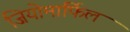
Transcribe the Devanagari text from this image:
जियोमार्फिल